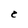
Character: C